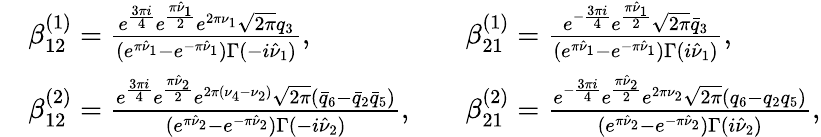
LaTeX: \begin{array}{rlrl}&{\beta_{12}^{(1)}=\frac{e^{\frac{3\pi i}{4}}e^{\frac{\pi\hat{\nu}_{1}}{2}}e^{2\pi\nu_{1}}\sqrt{2\pi}q_{3}}{(e^{\pi\hat{\nu}_{1}}-e^{-\pi\hat{\nu}_{1}})\Gamma(-i\hat{\nu}_{1})},}&&{\beta_{21}^{(1)}=\frac{e^{-\frac{3\pi i}{4}}e^{\frac{\pi\hat{\nu}_{1}}{2}}\sqrt{2\pi}\bar{q}_{3}}{(e^{\pi\hat{\nu}_{1}}-e^{-\pi\hat{\nu}_{1}})\Gamma(i\hat{\nu}_{1})},}\\ &{\beta_{12}^{(2)}=\frac{e^{\frac{3\pi i}{4}}e^{\frac{\pi\hat{\nu}_{2}}{2}}e^{2\pi(\nu_{4}-\nu_{2})}\sqrt{2\pi}(\bar{q}_{6}-\bar{q}_{2}\bar{q}_{5})}{(e^{\pi\hat{\nu}_{2}}-e^{-\pi\hat{\nu}_{2}})\Gamma(-i\hat{\nu}_{2})},}&&{\beta_{21}^{(2)}=\frac{e^{-\frac{3\pi i}{4}}e^{\frac{\pi\hat{\nu}_{2}}{2}}e^{2\pi\nu_{2}}\sqrt{2\pi}(q_{6}-q_{2}q_{5})}{(e^{\pi\hat{\nu}_{2}}-e^{-\pi\hat{\nu}_{2}})\Gamma(i\hat{\nu}_{2})},}\end{array}